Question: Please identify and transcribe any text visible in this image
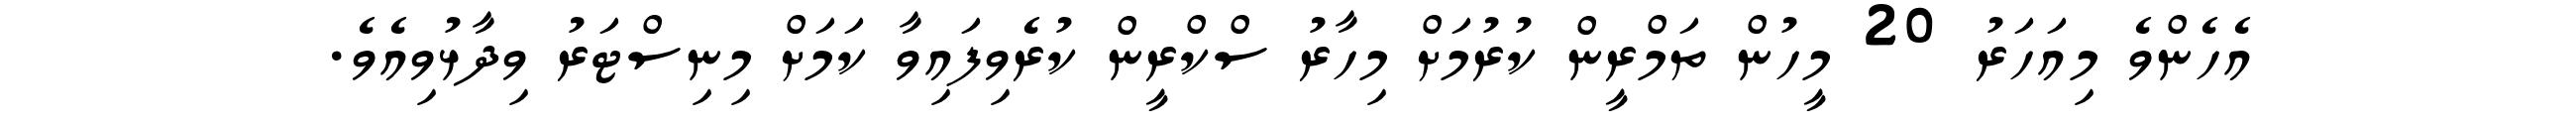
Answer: އެހެންވެ މިއަހަރު 20 މީހުން ތަމްރީން ކުރުމަށް މިހާރު ސްކްރީން ކުރެވިފައިވާ ކަމަށް މިނިސްޓަރު ވިދާޅުވިއެވެ.